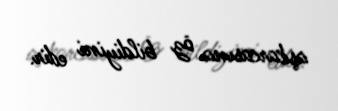
aşkarcasına öz bildiyini edir.